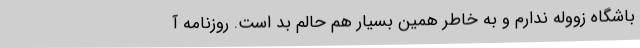
باشگاه زووله ندارم و به خاطر همین بسیار هم حالم بد است. روزنامه آ